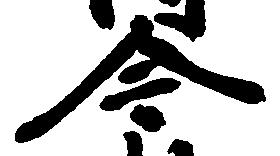
令